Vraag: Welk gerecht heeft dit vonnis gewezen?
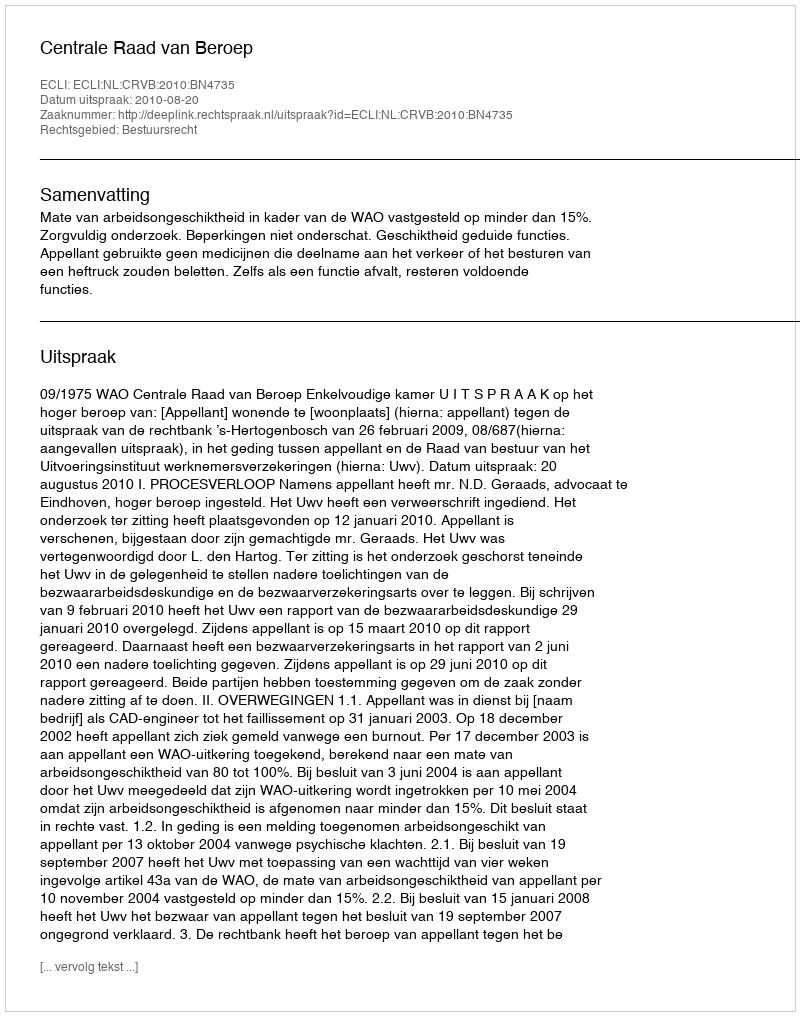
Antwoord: Centrale Raad van Beroep